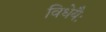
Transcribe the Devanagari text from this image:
विधेयैः